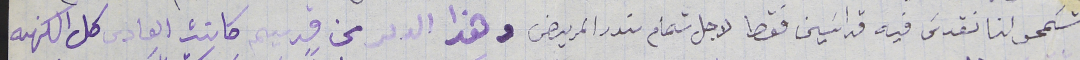
تسَمحو لنا نقدسَ فيه قداسَين فقط لاجل تمام ندر المريض وهذا الدىر من قديم كانت العادى كل الكهنه